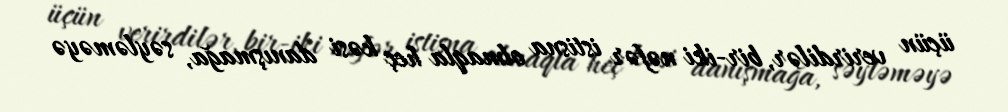
üçün verirdilər, bir-iki nəfər istisna olmaqla heç kəsi danışmağa, səyləməyə